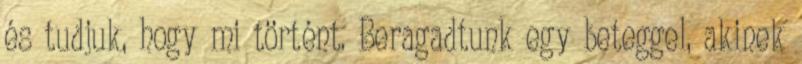
és tudjuk, hogy mi történt. Beragadtunk egy beteggel, akinek